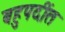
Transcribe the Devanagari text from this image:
बहुपदींत